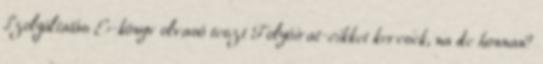
Szolgáltatás E-könyv olvasó teszt Folyóirat-cikket keresek, na de honnan?